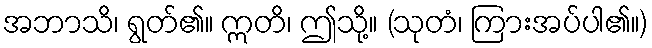
အဘာသိ၊ ရွတ်၏။ ဣတိ၊ ဤသို့။ (သုတံ၊ ကြားအပ်ပါ၏။)